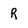
Character: R